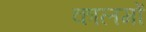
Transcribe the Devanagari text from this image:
कालमों